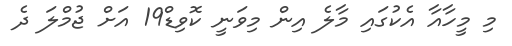
މި މީހާއާ އެކުގައި މާލެ އިން މިވަނީ ކޮވިޑް19 އަށް ޖުމްލަ ދެ